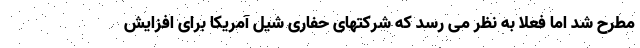
مطرح شد اما فعلا به نظر می رسد که شرکتهای حفاری شیل آمریکا برای افزایش